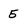
Character: 5